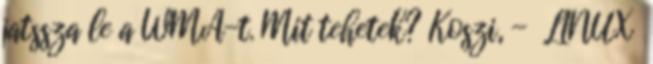
jatssza le a WMA-t. Mit tehetek? Koszi, - LINUX